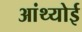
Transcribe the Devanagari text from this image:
आंथ्‍योई